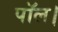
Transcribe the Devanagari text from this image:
पॉल।